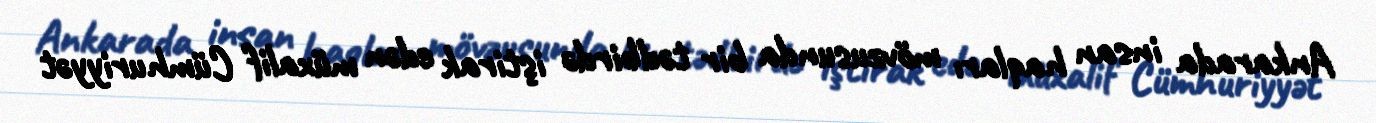
Ankarada insan haqları mövzusunda bir tədbirdə iştirak edən müxalif Cümhuriyyət